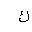
Letter: _kaf